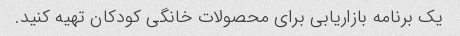
یک برنامه بازاریابی برای محصولات خانگی کودکان تهیه کنید.